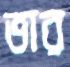
ভার